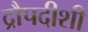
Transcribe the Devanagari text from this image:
द्रौपदीशी